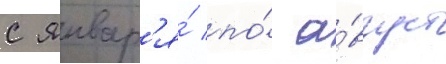
с январ'я́ по́ а́вгуст